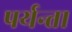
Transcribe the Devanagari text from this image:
पर्यन्ता